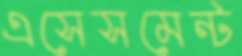
এসেসমেন্ট